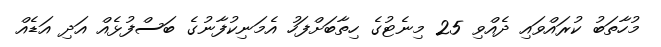
މުހާތަބު ކުރައްވައި ދެއްވި 25 މިނެޓުގެ ހިތާބަށްފަހު އެމަނިކުފާނުގެ ބަސްފުޅެއް އަދި އަޑެއް